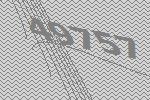
49757